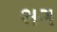
ભગ